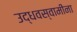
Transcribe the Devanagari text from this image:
उद्धवस्वामींना